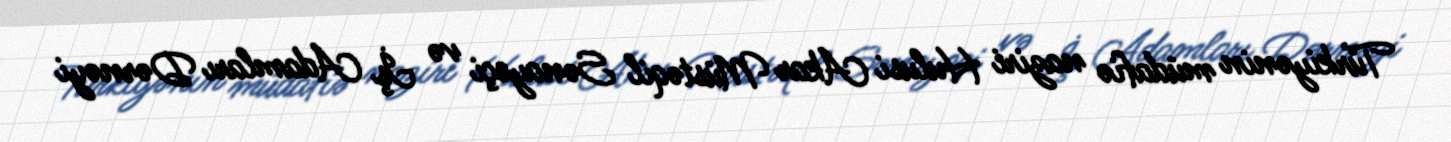
Türkiyənin müdafiə naziri Hulusi Akar Müstəqil Sənayeçi və İş Adamları Dərnəyi